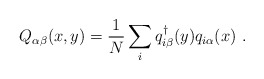
\begin{align*}Q_{\alpha \beta}(x,y) = \frac{1}{N} \sum_{i} q_{i\beta}^{\dagger}(y)q_{i\alpha}(x) \ .\end{align*}